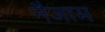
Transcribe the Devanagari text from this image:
नैजाम